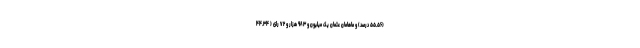
(۵۵.۵۶ درصد) و ماهامان عثمان یک میلیون و ۹۸۳ هزار و ۷۲ رای ( ۴۴.۳۴